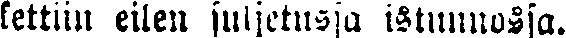
kettiin eilen suljetussa istunnossa.